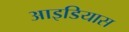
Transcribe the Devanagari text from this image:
आइडियास